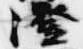
澄